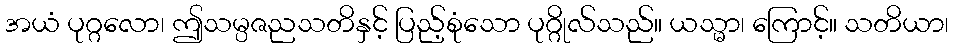
အယံ ပုဂ္ဂလော၊ ဤသမ္ပဇညသတိနှင့် ပြည့်စုံသော ပုဂ္ဂိုလ်သည်။ ယသ္မာ၊ ကြောင့်။ သတိယာ၊